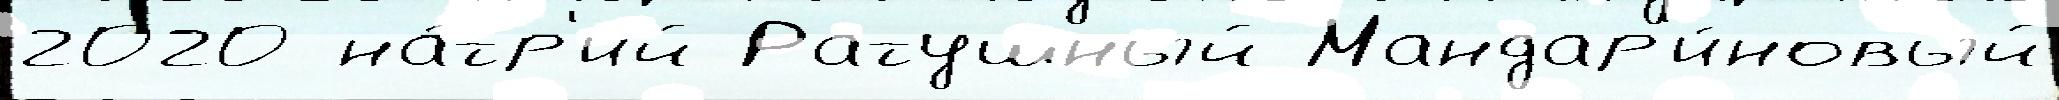
2020 на́тр'ий Ратушный Мандар'и́новый